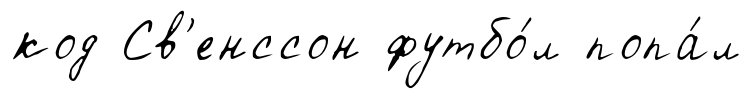
код Св'енссон футбо́л попа́л